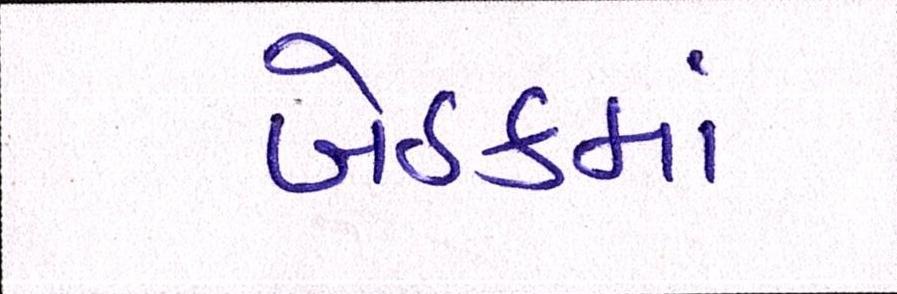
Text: બેઠકમાં